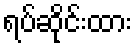
ရပ်ဆိုင်းထား